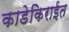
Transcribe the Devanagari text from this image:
काडेकिराईत